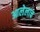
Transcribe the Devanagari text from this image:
आलेलाच